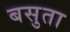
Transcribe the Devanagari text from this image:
बसुता